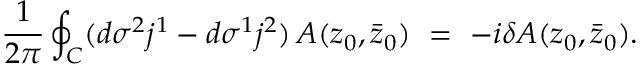
\frac { 1 } { 2 \pi } \oint _ { C } ( d \sigma ^ { 2 } j ^ { 1 } - d \sigma ^ { 1 } j ^ { 2 } ) \, { \cal A } ( z _ { 0 } , \bar { z } _ { 0 } ) \ = \ - i \delta { \cal A } ( z _ { 0 } , \bar { z } _ { 0 } ) .